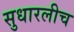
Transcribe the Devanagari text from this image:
सुधारलीच